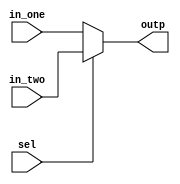
// Company           :   tud                      
//                    			
// Project Name      :   prz    
// Subproject Name   :   main    
// Description       :   <short description>            
//
// Last Change       :   $Date: 2020-09-15 08:43:10 +0200 (Tue, 15 Sep 2020) $
// by                :   $Author: vepr19 $                  			
//------------------------------------------------------------
`timescale 1ns/10ps
module mux2_1 (
    sel,
    in_one,
    in_two,
    outp
);
    parameter N=1;
    output [N-1:0] outp;
    input [N-1:0] in_one;
    input [N-1:0] in_two;
    input sel;
    
    assign outp = (sel)?in_two:in_one;

endmodule